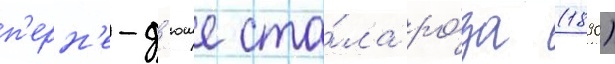
п'ерн'е-д'юше ста́ла ро́за (1890)